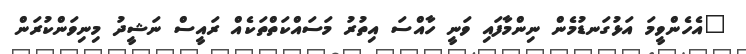
"އެހެންވީމަ އަޅުގަނޑުމެން ނިންމާފައި ވަނީ ހާއްސަ އިތުރު މަސައްކަތްތަކެއް ރައީސް ނަޝީދު މިނިވަންކުރަން